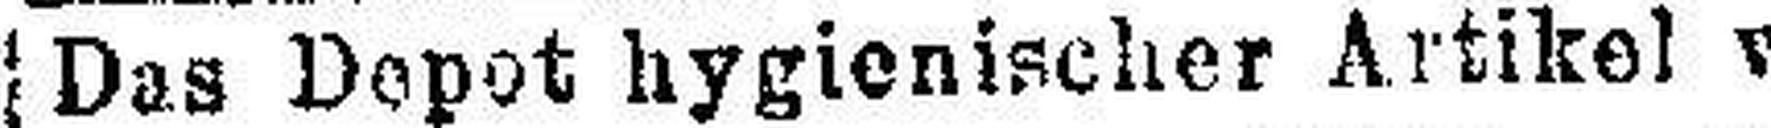
Das Depot hygienischer Artikel von